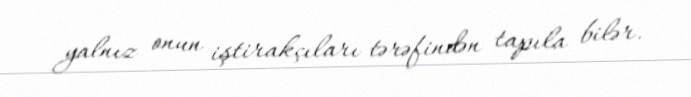
yalnız onun iştirakçıları tərəfindən tapıla bilər.